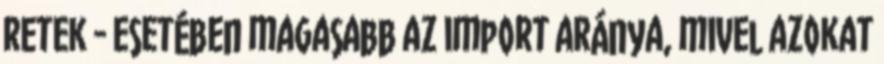
retek - esetében magasabb az import aránya, mivel azokat